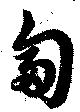
匐